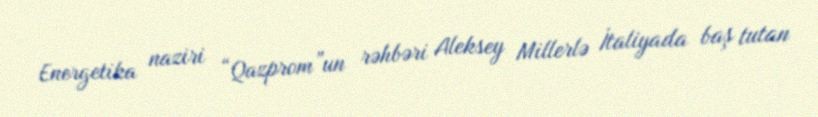
Energetika naziri “Qazprom”un rəhbəri Aleksey Millerlə İtaliyada baş tutan